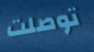
توصلت